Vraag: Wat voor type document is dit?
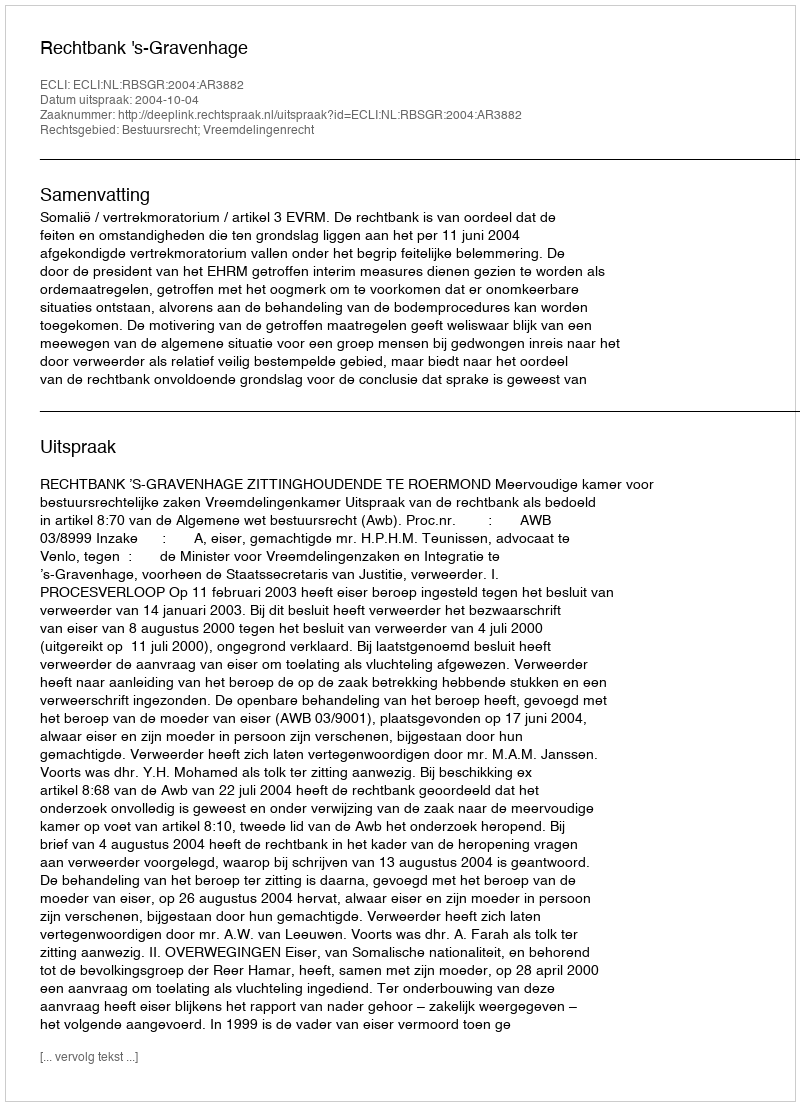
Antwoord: Uitspraak